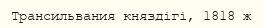
Трансильвания княздігі, 1818 ж